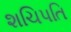
શચિપતિ